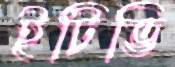
ইটিভি